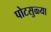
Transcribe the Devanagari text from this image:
पोटसुळ्या